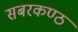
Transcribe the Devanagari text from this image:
सबरकण्ठ